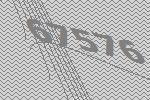
67576